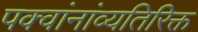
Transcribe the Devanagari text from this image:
पक्वांनांव्यतिरिक्त